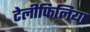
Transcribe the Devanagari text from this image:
टेलीफिलिया